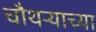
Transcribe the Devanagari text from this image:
चौथऱ्याच्या